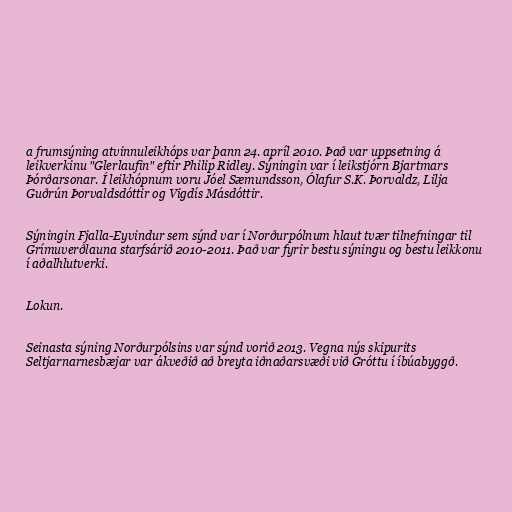
a frumsýning atvinnuleikhóps var þann 24. apríl 2010. Það var uppsetning á
leikverkinu "Glerlaufin" eftir Philip Ridley. Sýningin var í leikstjórn Bjartmars
Þórðarsonar. Í leikhópnum voru Jóel Sæmundsson, Ólafur S.K. Þorvaldz, Lilja
Guðrún Þorvaldsdóttir og Vigdís Másdóttir.

Sýningin Fjalla-Eyvindur sem sýnd var í Norðurpólnum hlaut tvær tilnefningar til
Grímuverðlauna starfsárið 2010-2011. Það var fyrir bestu sýningu og bestu leikkonu
í aðalhlutverki.

Lokun.

Seinasta sýning Norðurpólsins var sýnd vorið 2013. Vegna nýs skipurits
Seltjarnarnesbæjar var ákveðið að breyta iðnaðarsvæði við Gróttu í íbúabyggð.